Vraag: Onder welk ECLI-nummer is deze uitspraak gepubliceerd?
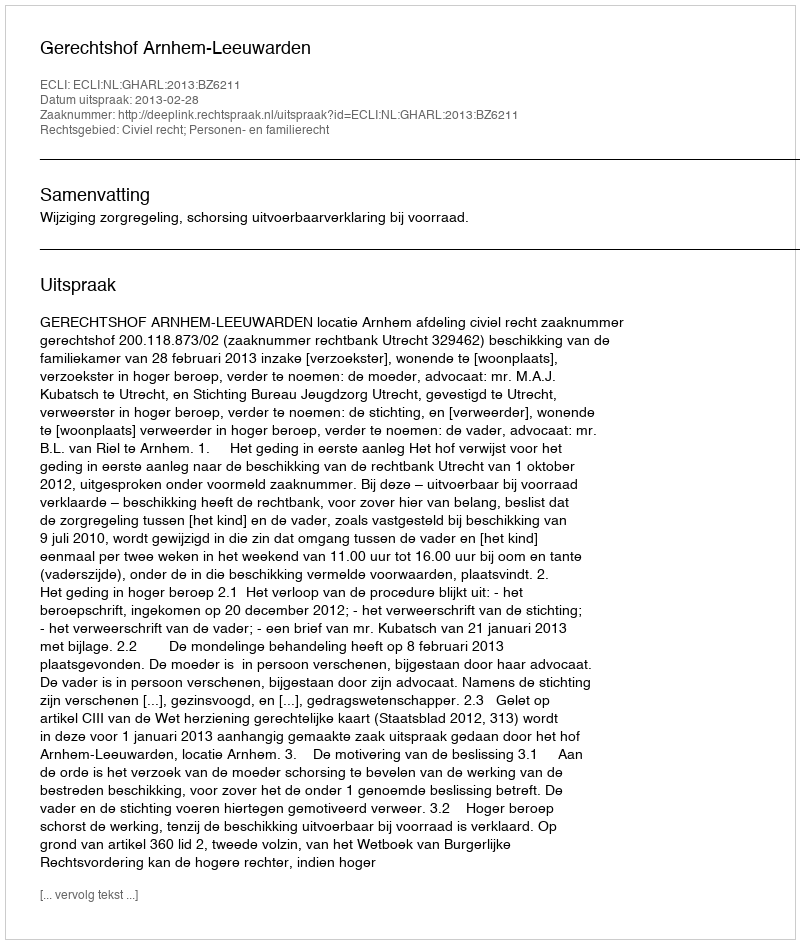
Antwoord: ECLI:NL:GHARL:2013:BZ6211